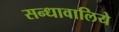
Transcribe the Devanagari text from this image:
सन्धावालिये